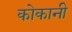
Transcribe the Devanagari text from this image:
कोकानी